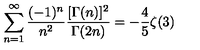
\sum _ { n = 1 } ^ { \infty } \frac { ( - 1 ) ^ { n } } { n ^ { 2 } } \frac { [ \Gamma ( n ) ] ^ { 2 } } { \Gamma ( 2 n ) } = - \frac { 4 } { 5 } \zeta ( 3 )